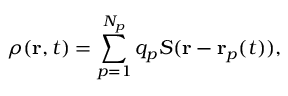
\rho ( \mathbf { r } , t ) = \sum _ { p = 1 } ^ { N _ { p } } q _ { p } S ( \mathbf { r } - \mathbf { r } _ { p } ( t ) ) ,